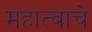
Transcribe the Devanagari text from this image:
महात्वाचे